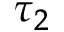
\tau _ { 2 }